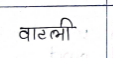
मजकूर: वाटली